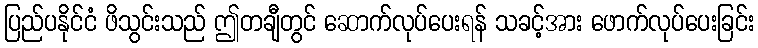
ပြည်ပနိုင်ငံ ဖိသွင်းသည် ဤတချီတွင် ဆောက်လုပ်ပေးရန် သခင့်အား ဖောက်လုပ်ပေးခြင်း